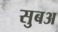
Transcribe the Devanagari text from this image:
सुबअ